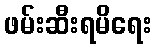
ဖမ်းဆီးရမိရေး